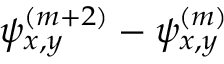
\psi _ { x , y } ^ { ( m + 2 ) } - \psi _ { x , y } ^ { ( m ) }